Source: Handwritten
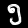
Digit: ၅ (5)